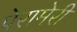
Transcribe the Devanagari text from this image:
पेरामेरी